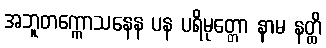
အဘူတက္ကောသနေန ပန ပရိမုတ္တော နာမ နတ္ထိ